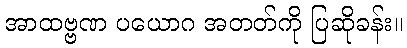
အာထဗ္ဗဏ ပယောဂ အတတ်ကို ပြဆိုခန်း။